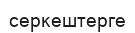
серкештерге